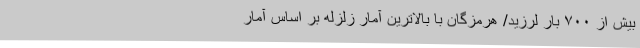
بیش از ۷۰۰ بار لرزید/ هرمزگان با بالاترین آمار زلزله بر اساس آمار